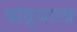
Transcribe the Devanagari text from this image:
बांद्र्याला